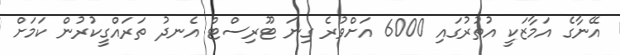
އޭނާގެ އަމާޒަކީ އުތުރުގައި 6000 އަށްވުރެ ގިނަ ޓޫރިސްޓް އެނދު ތަރައްގީކުރުން ކަމަށް